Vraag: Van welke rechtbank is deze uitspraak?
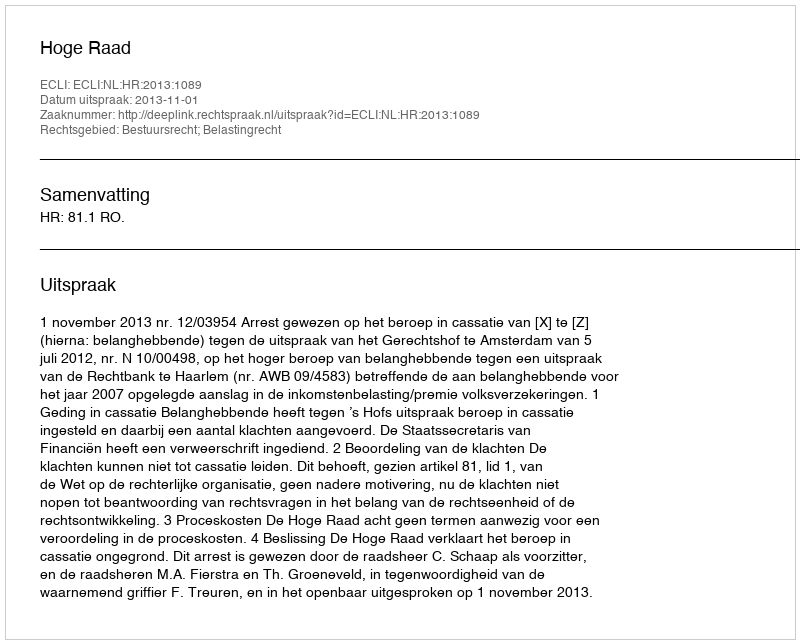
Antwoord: Hoge Raad